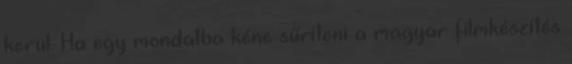
kerül. Ha egy mondatba kéne sűríteni a magyar filmkészítés